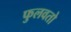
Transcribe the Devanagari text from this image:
फुलवतो